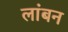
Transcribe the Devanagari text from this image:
लांबन